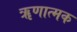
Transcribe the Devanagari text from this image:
ॠणात्मक